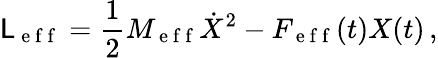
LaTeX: \mathsf{L}_{\mathrm{~e~f~f~}}=\frac{1}{2}M_{\mathrm{~e~f~f~}}\dot{X}^{2}-F_{\mathrm{~e~f~f~}}(t)X(t)\, ,